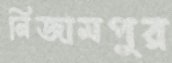
নিজামপুর